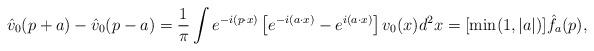
LaTeX: \begin{align*} \hat v_0 (p + a) - \hat v_0 (p-a)= \frac 1{\pi} \int e^{-i(p \cdot x)}\left[e^{-i(a \cdot x)} - e^{i(a \cdot x)} \right] v_0 (x) d^2 x = [\min (1,|a|)] \hat f_a ( p) , \end{align*}